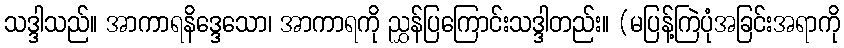
သဒ္ဒါသည်။ အာကာရနိဒ္ဒေသော၊ အာကာရကို ညွှန်ပြကြောင်းသဒ္ဒါတည်း။ (မပြန့်ကြဲပုံအခြင်းအရာကို